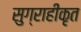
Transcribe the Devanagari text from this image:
सुग्राहीकृत